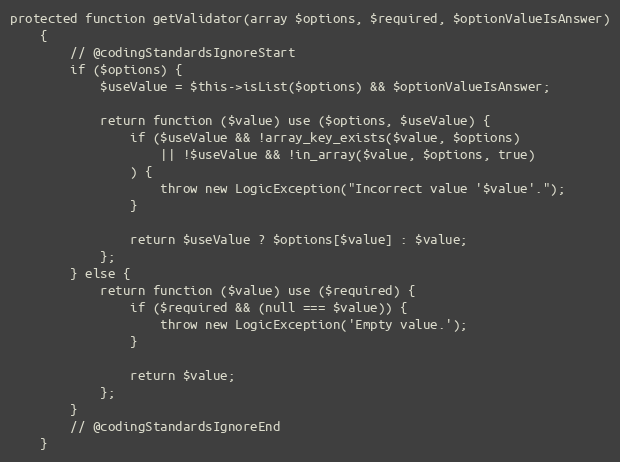
Language: PHP
protected function getValidator(array $options, $required, $optionValueIsAnswer)
    {
        // @codingStandardsIgnoreStart
        if ($options) {
            $useValue = $this->isList($options) && $optionValueIsAnswer;

            return function ($value) use ($options, $useValue) {
                if ($useValue && !array_key_exists($value, $options)
                    || !$useValue && !in_array($value, $options, true)
                ) {
                    throw new LogicException("Incorrect value '$value'.");
                }

                return $useValue ? $options[$value] : $value;
            };
        } else {
            return function ($value) use ($required) {
                if ($required && (null === $value)) {
                    throw new LogicException('Empty value.');
                }

                return $value;
            };
        }
        // @codingStandardsIgnoreEnd
    }